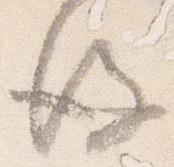
後